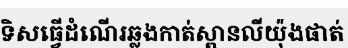
ទិសធ្វើដំណើរឆ្លងកាត់ស្ពានលីយ៉ុងផាត់